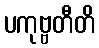
ပကုဗ္ဗတီတိ